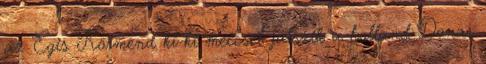
az Egis Körmend ki-ki meccset játszik a holland Donar